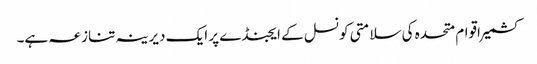
کشمیر اقوام متحدہ کی سلامتی کونسل کے ایجنڈے پر ایک دیرینہ تنازعہ ہے۔